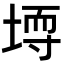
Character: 𪣳